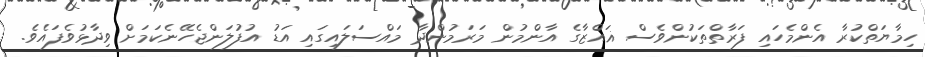
ހިމާޔަތްކުރާ އެންމެހައި ފަރާތްތަކުންވެސް ޣައްޒާގެ އާންމުން މަރަމުންދާ މައްސަލައިގައި އަޑު އުފުލަންޖެހޭނެކަމަށް ވިދާޅުވެފައެވެ.